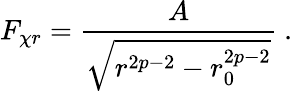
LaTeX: F_{\chi r}=\frac{A}{\sqrt{r^{2p-2}-r_{0}^{2p-2}}}\ .